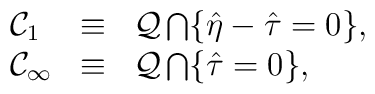
\begin{array}{lcl}        {\cal C}_{1}      & \equiv & {\cal Q} \bigcap \{ \hat{\eta} -         \hat{\tau} = 0 \}, \\        {\cal C}_{\infty} & \equiv & {\cal Q} \bigcap \{ \hat{\tau} = 0 \},        \end{array}